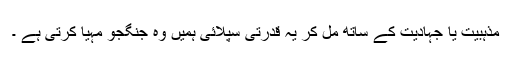
مذہبیت یا جہادیت کے ساتھ مل کر یہ قدرتی سپلائی ہمیں وہ جنگجو مہیا کرتی ہے ۔